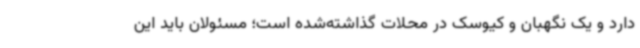
دارد و یک نگهبان و کیوسک در محلات گذاشته‌شده است؛ مسئولان باید این